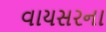
વાયસરના